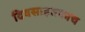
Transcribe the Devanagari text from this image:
दिवसाइतकाच